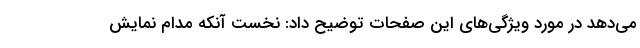
می‌دهد در مورد ویژگی‌های این صفحات توضیح داد: نخست آنکه مدام نمایش